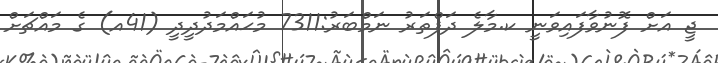
ޖީ އަށް ފޮނުވާފައިވަނީ ކ.މާލެ ދަފްތަރު ނަމްބަރު:7311 މުޙައްމަދުދީދީ (41އ) ގެ މައްޗަށް